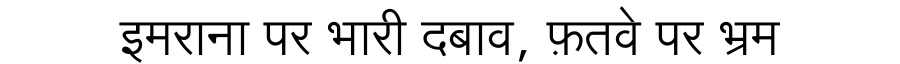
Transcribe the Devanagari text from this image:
इमराना पर भारी दबाव, फ़तवे पर भ्रम